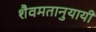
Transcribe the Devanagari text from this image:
शैवमतानुयायी